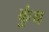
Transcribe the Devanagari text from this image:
कुंथ